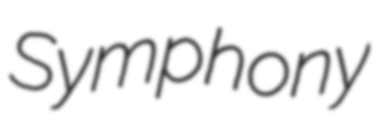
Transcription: Symphony